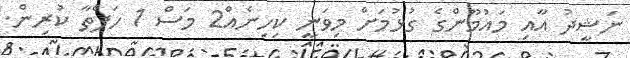
ނަޝީދު އާއި މައުމޫންގެ ގުޅުމަށް މިވަނީ ކިހިނެއް2 މަސް 1 ހަފްތާ ކުރިން.